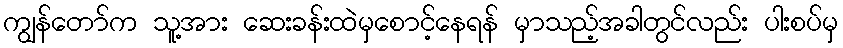
ကျွန်တော်က သူ့အား ဆေးခန်းထဲမှစောင့်နေရန် မှာသည့်အခါတွင်လည်း ပါးစပ်မှ